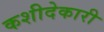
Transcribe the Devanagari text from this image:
कशीदेकारी